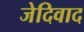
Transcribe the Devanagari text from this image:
जेदिवाद